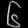
Digit: ၆